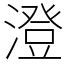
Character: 澄